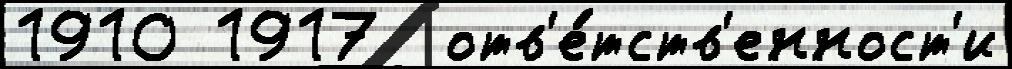
1910 1917  отв'е́тств'енност'и